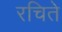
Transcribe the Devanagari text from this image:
रचिते